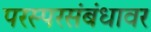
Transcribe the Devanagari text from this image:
परस्परसंबंधावर